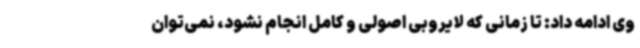
وی ادامه داد: تا زمانی که لایروبی اصولی و کامل انجام نشود، نمی‌توان